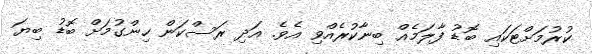
ކުރުމަށްޓަކައި ބޮޑު ފާލަމެއް ބިނާކުރެއްވި އެވެ. އަދި ރަސްކަން ހިންގުމަށް ބޮޑު ބިޔަ